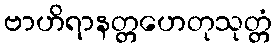
ဗာဟိရာနတ္တဟေတုသုတ္တံ